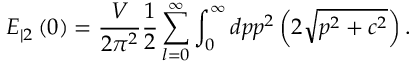
E _ { | 2 } \left( 0 \right) = \frac V { 2 \pi ^ { 2 } } \frac 1 2 \sum _ { l = 0 } ^ { \infty } \int _ { 0 } ^ { \infty } d p p ^ { 2 } \left( 2 \sqrt { p ^ { 2 } + c ^ { 2 } } \right) .